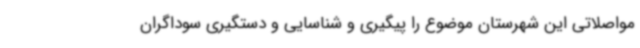
مواصلاتی این شهرستان موضوع را پیگیری و شناسایی و دستگیری سوداگران